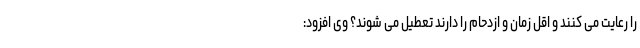
را رعایت می کنند و اقل زمان و ازدحام را دارند تعطیل می شوند؟ وی افزود: